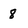
Character: 8